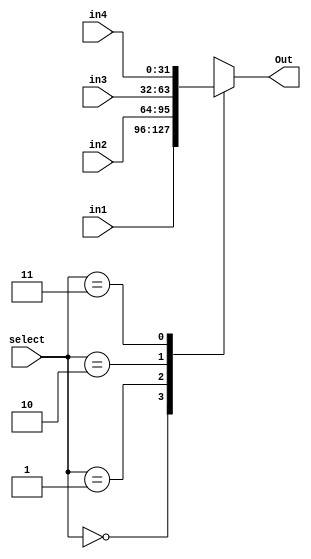
`timescale 1ns / 1ps
//////////////////////////////////////////////////////////////////////////////////
// Company: 
// Engineer: 
// 
// Design Name: 
// Module Name:    mux 
// Project Name: 
// Target Devices: 
// Tool versions: 
// Description: 
//
// Dependencies: 
//
// Revision: 
// Revision 0.01 - File Created
// Additional Comments: 
//
//////////////////////////////////////////////////////////////////////////////////
module mux4_1(Out,in1,in2,in3,in4,select
    );
	 //n bit 4 to 1 mux
	parameter n=32;
	output reg [n-1:0]Out;
	input [n-1:0]in1;
	input [n-1:0]in2;
	input [n-1:0]in3;
	input [n-1:0]in4;
	input [1:0]select;
	 always @ (in1 or in2 or in3 or in4 or select)
	 begin
      case (select)
         2'b00 : Out <= in1;
         2'b01 : Out <= in2;
         2'b10 : Out <= in3;
         2'b11 : Out <= in4;
      endcase
	end
endmodule


module mux2_1(Out,in1,in2,select);
//n bit 2 to 1 mux
parameter n=32;
output reg [n-1:0]Out;
input [n-1:0] in1;
input [n-1:0] in2;
input select;
always @ (in1 or in2 or select)
	begin
		case(select)
			1'b0: Out<= in1;
			1'b1: Out<=in2;
		endcase
	end
endmodule

module mux8_1(Out,in1,in2,in3,in4,in5,in6,in7,in8,select);
//n bit 8 to 1 mux
parameter n=32;
output reg [n-1:0]Out;
input [n-1:0] in1;
input [n-1:0] in2;
input [n-1:0] in3;
input [n-1:0] in4;
input [n-1:0] in5;
input [n-1:0] in6;
input [n-1:0] in7;
input [n-1:0] in8;
input [2:0] select;
always @ (in1 or in2 or in3 or in4 or in5 or in6 or in7 or in8 or select)
	begin
		case(select)
			3'd0: Out<=in1;
			3'd1: Out<=in2;
			3'd2: Out<=in3;
			3'd3: Out<=in4;
			3'd4: Out<=in5;
			3'd5: Out<=in6;
			3'd6: Out<=in7;
			3'd7: Out<=in8;
		endcase
	end

endmodule